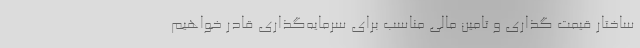
ساختار قیمت گذاری و تامین مالی مناسب برای سرمایه‌گذاری قادر خواهیم